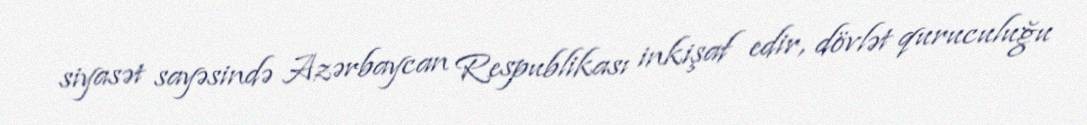
siyasət sayəsində Azərbaycan Respublikası inkişaf edir, dövlət quruculuğu